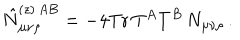
\hat { N } _ { \mu \nu \rho } ^ { ( z ) \, A B } = - 4 \mathrm { T r } \, T ^ { A } T ^ { B } \, N _ { \mu \nu \rho } \, .